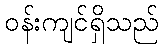
ဝန်းကျင်ရှိသည်